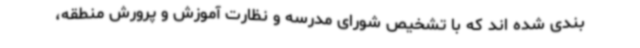
بندی شده اند که با تشخیص شورای مدرسه و نظارت آموزش و پرورش منطقه،